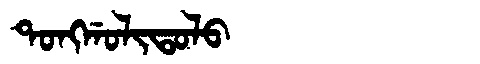
Manchu: ᡨᠣᠩᡤᠣᠯᡳᡨᠣᠯᠣ
Romanization: TONGGOLITOLO